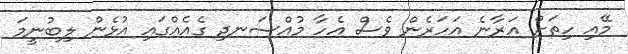
މޭއި ހިތަށް އަރާނެ އަހަރެން ވެސް އެހާ މުއްސަނދި ގެއެއްގައި އުޅެން ލިބުނީމަ